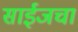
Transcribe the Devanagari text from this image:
साईजचा